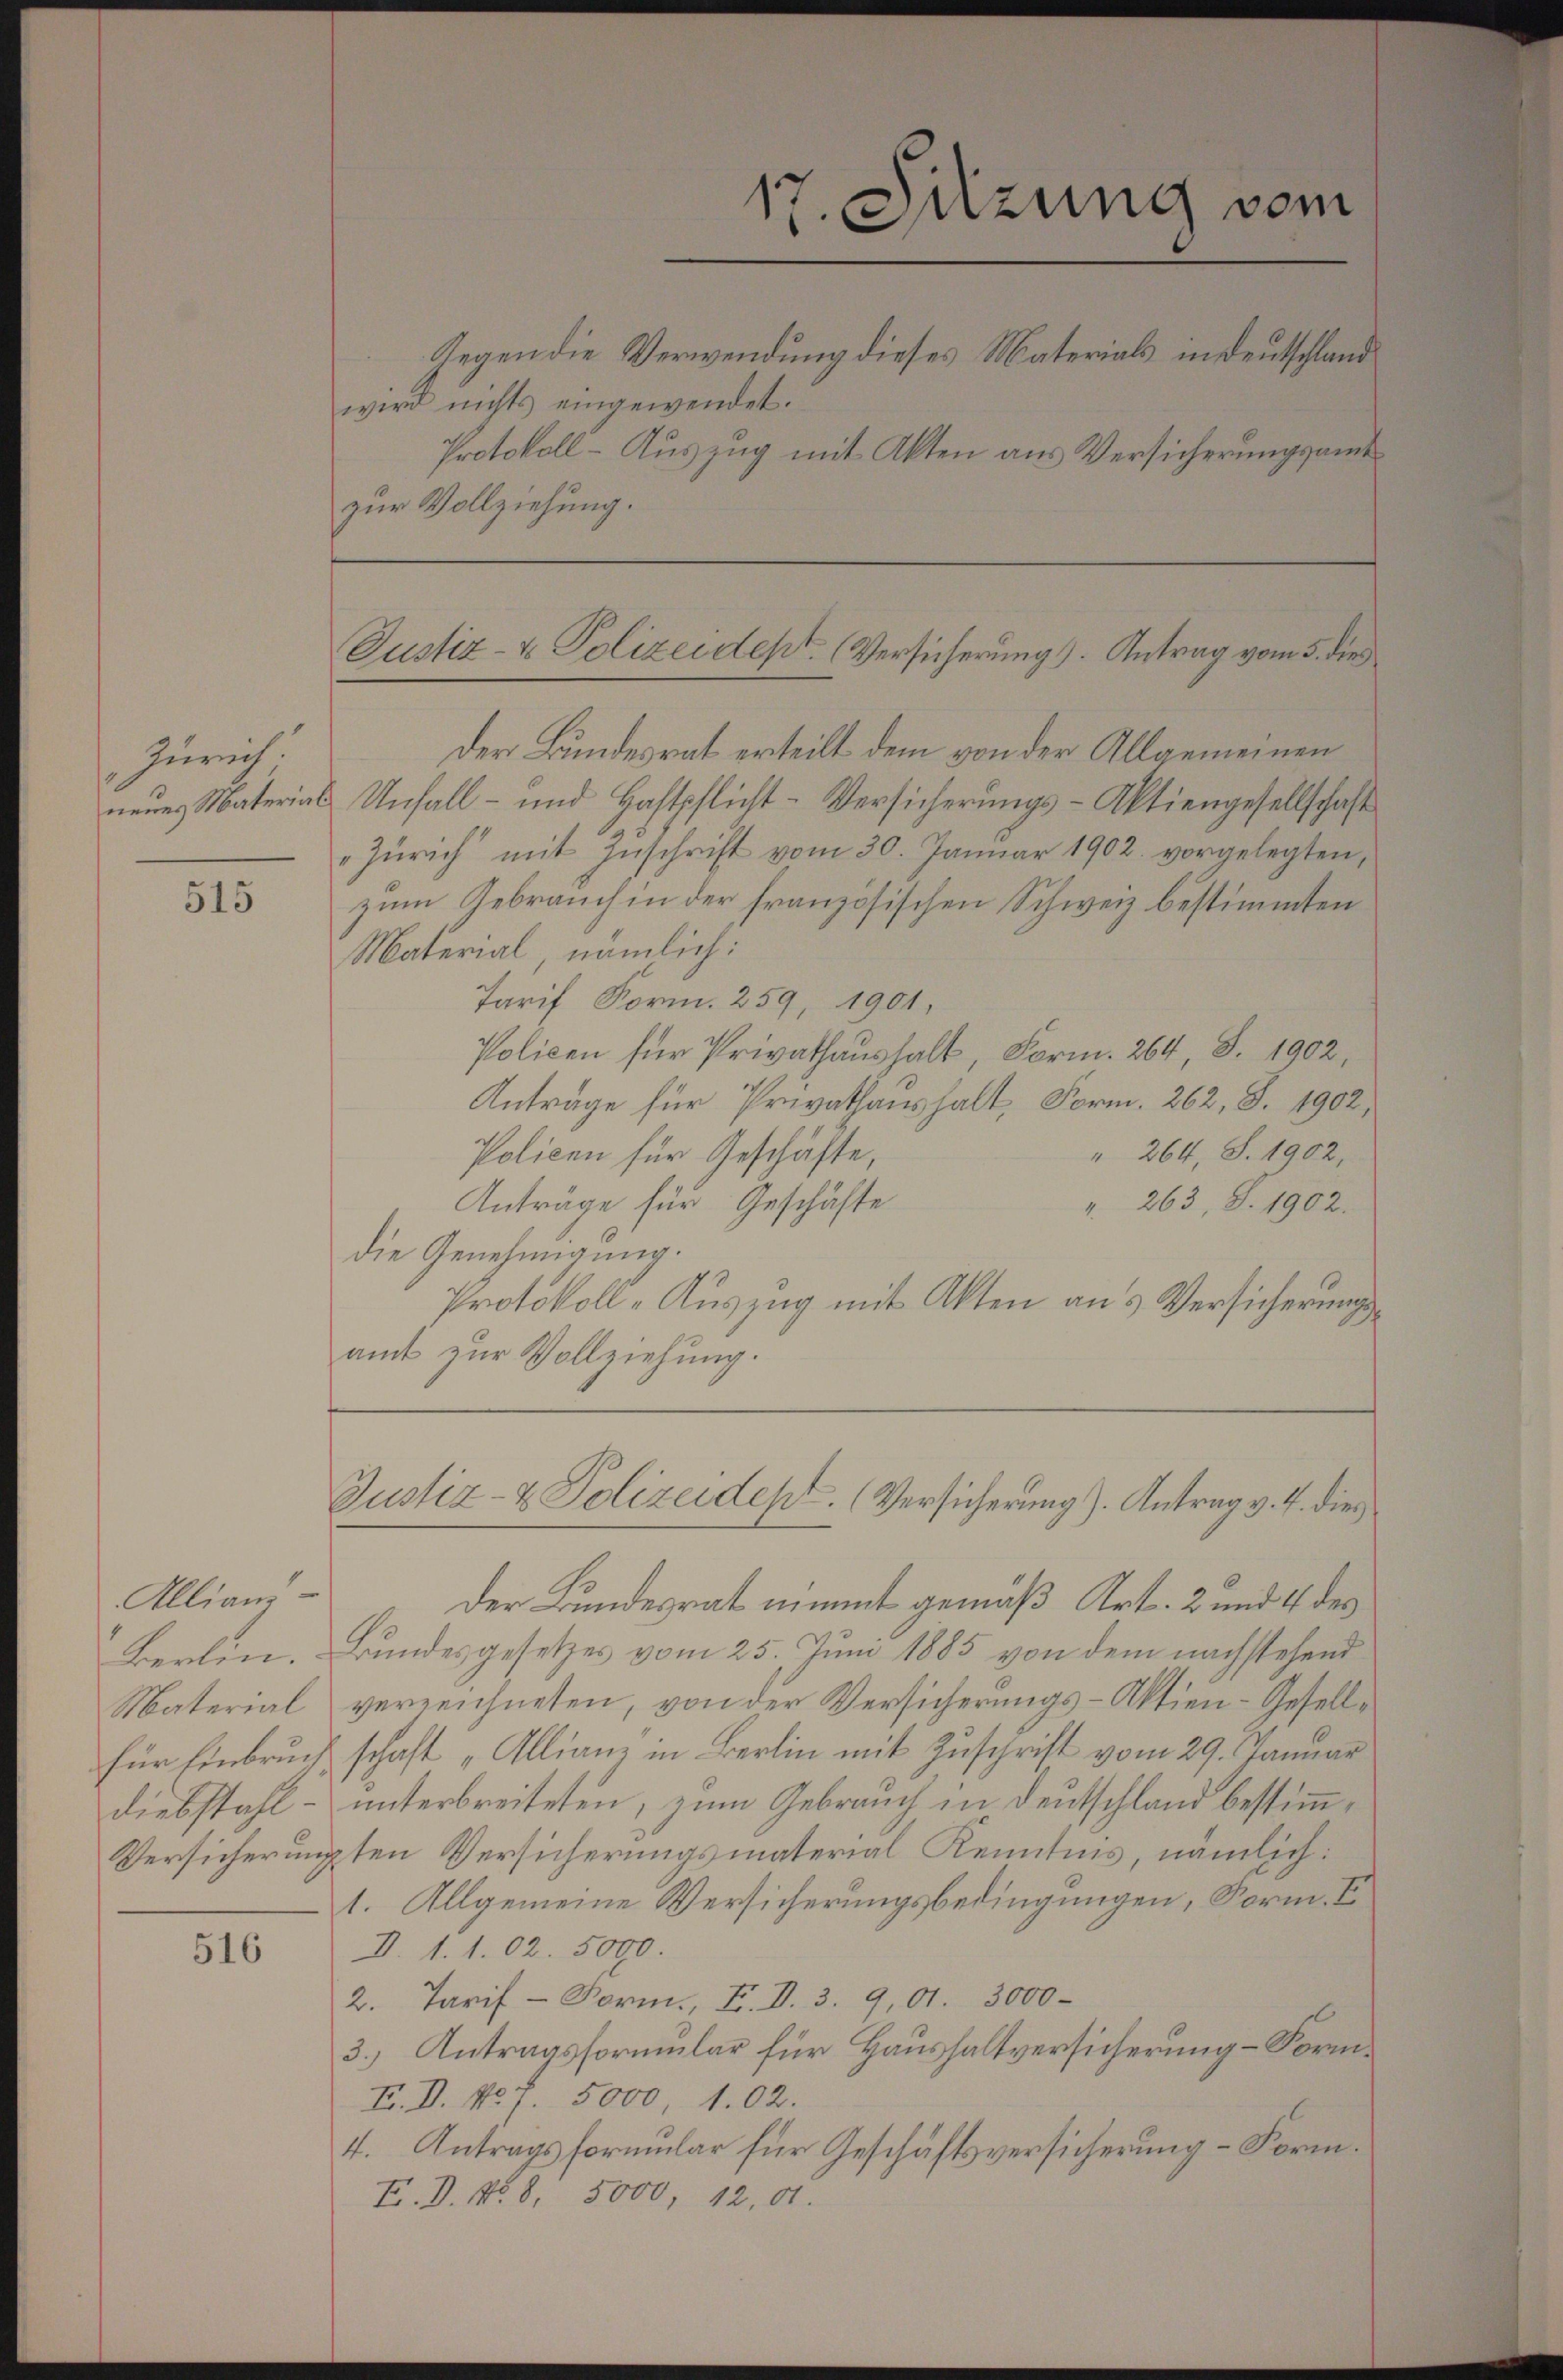
Zürich
neues Material

515

Allianz-
Berlin.
Material
für Einbruc
Diebstahl.
Versicherung

516

wird nichts eingewendet.
zur Vollziehung.

s
1
Onzung vom
Gegen die Verwendung dieses Materials in Deutschland
Protokoll- Auszug mit Akten aus Versicherungsamt

Justiz- & Polizeidept. (Versicherung. Antrag vom 5. dies

Der Bundesrat erteilt dem von der Allgemeinen
Unfall - und Haftpflicht-Versicherungs-Aktiengesellschaft
Zürich mit Zŭschrift vom 30. Januar 1902. vorgelegten,
zum Gebrauch in der französischen Schweiz bestimmten
Material, nämlich:
Tarif Form. 259, 1901,
Policen für Privathaushalt, Form. 264 S. 1902,
Anträge für Privathaushalt, Form. 262, S. 1902,
" 264, S. 1902,
Policen für Geschäfte,
Anträge für Geschäfte
". 263, S. 1902.
die Genehmigung.
Protokoll-Auszug mit Akten aus Versicherungsamt zur Vollziehung.
Justiz- & Polizeidept. (Versicherung). Antrag v. J. dies
Der Bundesrat nimmt gemäß Art. 2 und 4 des
Bundesgesetzes vom 25. Juni 1885 von dem nachstehend
verzeichneten, von der Versicherungs-Aktien-Gesellschaft „Allianz in Berlin mit Zuschrift vom 29. Januar
unterbreiteten, zum Gebrauch in Deutschland bestimmgten Versicherungsmaterial Kenntnis, nämlich:
1. Allgemeine Versicherungsbedingungen, Form. V
I. 1. 102. 5000.
2. Tarif - Form., F. V. 3. 901. 3000.
3.) Antragsformular für Haushaltversicherung – Form¬
E. D. No. 7. 5000, 102.
4. Antragsformular für Geschäftsversicherung – Form.
E.D. No. 8. 5000, 12,01.